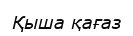
Қыша қағаз